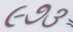
૯૭૩